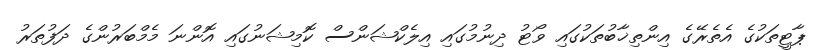
ޕާޓީތަކުގެ އެތެރޭގެ އިންތިޚާބުތަކުގައި ވޯޓު ދިނުމުގައި އިލެކްޝަންސް ކޮމިޝަނުގައި އޮންނަ މެމްބަރުންގެ ދަފުތަރު